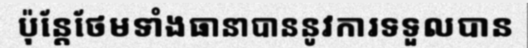
ប៉ុន្តែថែមទាំងធានាបាននូវការទទួលបាន